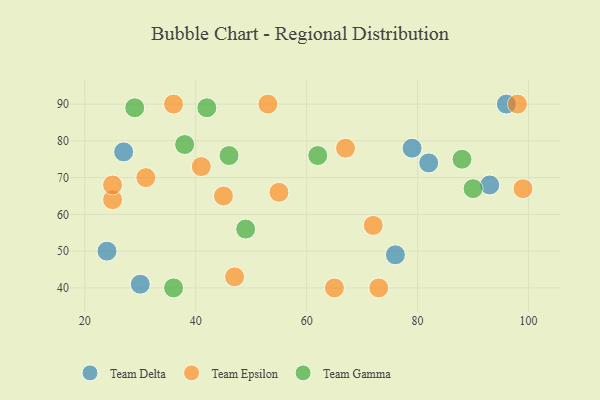
{"axis": {"x": "GDP", "y": "Life Expectancy"}, "legend": ["Team Delta", "Team Epsilon", "Team Gamma"], "data": [{"x": "76", "y": 49, "type": "Team Delta"}, {"x": "79", "y": 78, "type": "Team Delta"}, {"x": "82", "y": 74, "type": "Team Delta"}, {"x": "27", "y": 77, "type": "Team Delta"}, {"x": "93", "y": 68, "type": "Team Delta"}, {"x": "24", "y": 50, "type": "Team Delta"}, {"x": "30", "y": 41, "type": "Team Delta"}, {"x": "96", "y": 90, "type": "Team Delta"}, {"x": "25", "y": 64, "type": "Team Epsilon"}, {"x": "53", "y": 90, "type": "Team Epsilon"}, {"x": "55", "y": 66, "type": "Team Epsilon"}, {"x": "99", "y": 67, "type": "Team Epsilon"}, {"x": "41", "y": 73, "type": "Team Epsilon"}, {"x": "73", "y": 40, "type": "Team Epsilon"}, {"x": "67", "y": 78, "type": "Team Epsilon"}, {"x": "47", "y": 43, "type": "Team Epsilon"}, {"x": "25", "y": 68, "type": "Team Epsilon"}, {"x": "31", "y": 70, "type": "Team Epsilon"}, {"x": "45", "y": 65, "type": "Team Epsilon"}, {"x": "72", "y": 57, "type": "Team Epsilon"}, {"x": "65", "y": 40, "type": "Team Epsilon"}, {"x": "36", "y": 90, "type": "Team Epsilon"}, {"x": "98", "y": 90, "type": "Team Epsilon"}, {"x": "29", "y": 89, "type": "Team Gamma"}, {"x": "90", "y": 67, "type": "Team Gamma"}, {"x": "62", "y": 76, "type": "Team Gamma"}, {"x": "46", "y": 76, "type": "Team Gamma"}, {"x": "88", "y": 75, "type": "Team Gamma"}, {"x": "42", "y": 89, "type": "Team Gamma"}, {"x": "38", "y": 79, "type": "Team Gamma"}, {"x": "49", "y": 56, "type": "Team Gamma"}, {"x": "36", "y": 40, "type": "Team Gamma"}]}